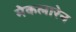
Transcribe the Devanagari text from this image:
मेकलारेन